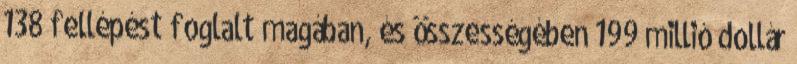
138 fellépést foglalt magában, és összességében 199 millió dollár